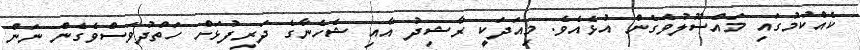
ކެއްކުމުގައި މައްސޫލުވެގެން އުޅެއެވެ. މިއަދަކީ ރާޝިދު އާއި ޝެހެނާގެ ދަރިފުޅަށް ހަތްދުވަސްވެގެން ނަން